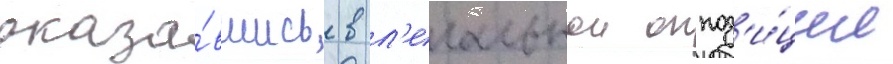
оказа́вшись в л'егальнои оппоз'и́ции